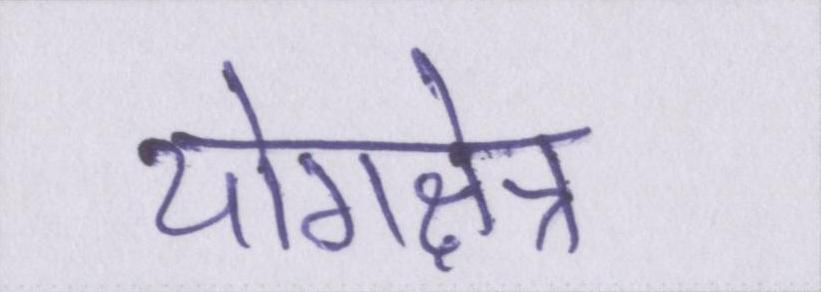
योगक्षेत्र